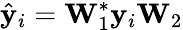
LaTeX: \hat{\mathbf{y}}_{i}=\mathbf{W}_{1}^{*}\mathbf{y}_{i}\mathbf{W}_{2}